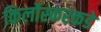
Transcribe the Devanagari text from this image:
किर्लोस्करकडे